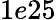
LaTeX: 1e25